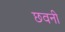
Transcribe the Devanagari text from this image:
छवनी